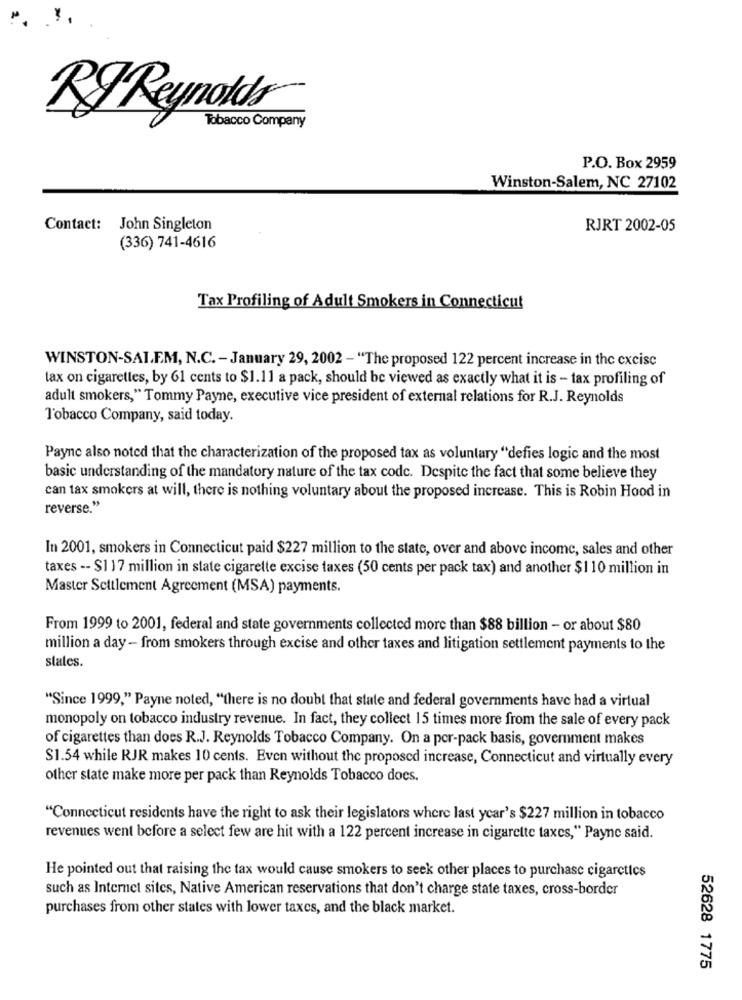
RJ Reynolds
Tobacco Company
P.O. Box 2959
Winston-Salem, NC 27102
Contact: John Singleton
RJRT 2002-05
(336) 741-4616
Tax Profiling of Adult Smokers in Connecticut
WINSTON-SALEM, N.C. - January 29, 2002 - "The proposed 122 percent increase in the excise
tax on cigarettes, by 61 cents to $1.11 a pack, should be viewed as exactly what it is - tax profiling of
adult smokers," Tommy Payne, executive vice president of external relations for R.J. Reynolds
l'obacco Company, said today.
Payne also noted that the characterization of the proposed tax as voluntary "defies logic and the most
basic understanding of the mandatory nature of the tax code. Despite the fact that some believe they
can tax smokers at will, there is nothing voluntary about the proposed increase. This is Robin Hood in
reverse."
In 2001, smokers in Connecticut paid $227 million to the state, over and above income, sales and other
taxes -- $1 17 million in state cigarette excise taxes (50 cents per pack tax) and another $110 million in
Master Settlement Agreement (MSA) payments.
From 1999 to 2001, federal and state governments collected more than $88 billion - or about $80
million a day - from smokers through excise and other taxes and litigation settlement payments to the
states.
"Since 1999," Payne noted, "there is no doubt that state and federal governments have had a virtual
monopoly on tobacco industry revenue. In fact, they collect 15 times more from the sale of every pack
of cigarettes than does R.J. Reynolds Tobacco Company. On a por-pack basis, government makes
$1.54 while RJR makes 10 cents. Even without the proposed increase, Connecticut and virtually every
other state make more per pack than Reynolds Tobacco does.
"Connecticut residents have the right to ask their legislators where last year's $227 million in tobacco
revenues went before a select few are hit with a 122 percent increase in cigarette taxes," Payne said.
He pointed out that raising the tax would cause smokers to seek other places to purchase cigarctics
such as Internet sites, Native American reservations that don't charge state taxes, cross-border
purchases from other states with lower taxes, and the black market.
52628 1775